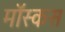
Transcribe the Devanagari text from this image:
मॉस्कस